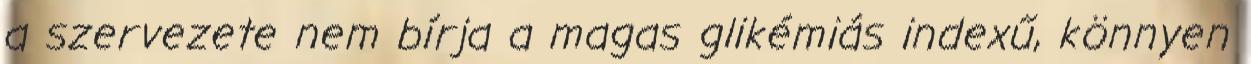
a szervezete nem bírja a magas glikémiás indexű, könnyen